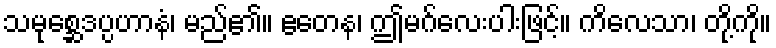
သမုစ္ဆေဒပ္ပဟာနံ၊ မည်၏။ ဧတေန၊ ဤမဂ်လေးပါးဖြင့်။ ကိလေသာ၊ တို့ကို။